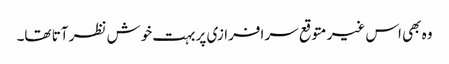
وہ بھی اس غیر متوقع سر افرازی پر بہت خوش نظر آتا تھا۔